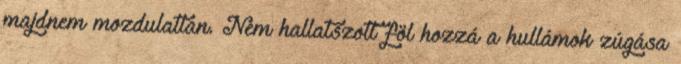
majdnem mozdulatlan. Nem hallatszott föl hozzá a hullámok zúgása